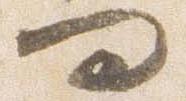
問